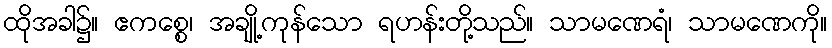
ထိုအခါ၌။ ဧကစ္စေ၊ အချို့ကုန်သော ရဟန်းတို့သည်။ သာမဏေရံ၊ သာမဏေကို။